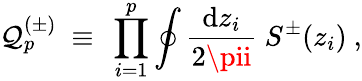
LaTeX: \mathcal{Q}_{p}^{(\pm)}{}~\equiv{}~\prod_{i=1}^{p}\oint{\frac{{\mathrm{{d}}z_{i}}}{{2\pii}}}{}~{S^{\pm}}(z_{i}){}~,